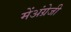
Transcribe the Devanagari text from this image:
मेंअंग्रेजी